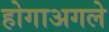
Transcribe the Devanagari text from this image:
होगाअगले